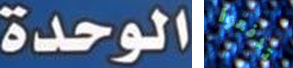
الوحدة تدفعوا